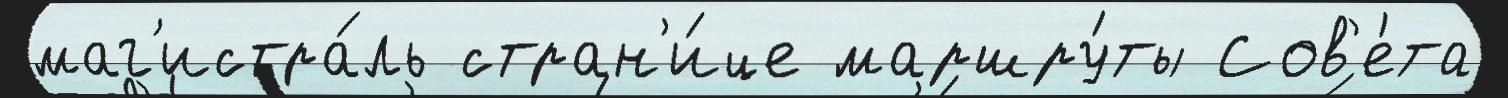
маг'истра́ль стран'и́це маршру́ты Сов'е́та